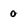
Character: 0